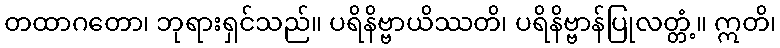
တထာဂတော၊ ဘုရားရှင်သည်။ ပရိနိဗ္ဗာယိဿတိ၊ ပရိနိဗ္ဗာန်ပြုလတ္တံ့။ ဣတိ၊